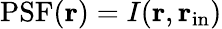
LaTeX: \mathrm{PSF}({\mathbf r})=I({\mathbf r},{\mathbf r}_{\mathrm{in}})